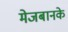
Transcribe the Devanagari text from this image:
मेजबानके